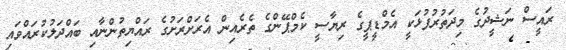
ރައީސް ނަޝީދުގެ މިދަތުރުފުޅަކީ އެމްޑީޕީގެ ރިޔާސީ ކެމްޕޭންގެ ތެރެއިން އެރަށްރަށުގެ ރައްޔިތުންނާއި ބައްދަލުކުރައްވައި